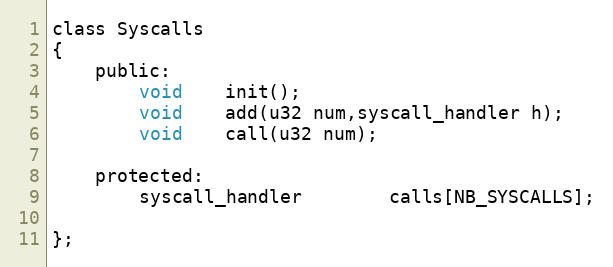
Language: C
class Syscalls
{
	public:
		void	init();
		void	add(u32 num,syscall_handler h);
		void	call(u32 num);

	protected:
		syscall_handler		calls[NB_SYSCALLS];

};